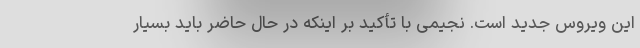
این ویروس جدید است. نجیمی با تأکید بر اینکه در حال حاضر باید بسیار